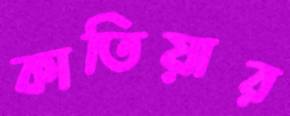
কাতিয়ার